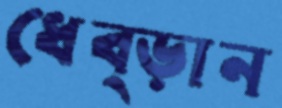
ধেব্‌ড়ান